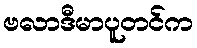
ဗလာဒီမာပူတင်က